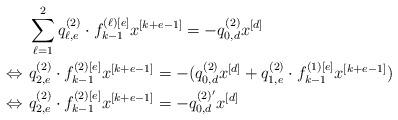
LaTeX: \begin{align*}&\sum_{\ell=1}^{2} q^{(2)}_{\ell,e}\cdot f^{(\ell)[e]}_{k-1}x^{[k+e-1]}=-q^{(2)}_{0,d}x^{[d]} \\\Leftrightarrow \ &q^{(2)}_{2,e}\cdot f^{(2)[e]}_{k-1}x^{[k+e-1]} = -(q^{(2)}_{0,d}x^{[d]} + q^{(2)}_{1,e}\cdot f^{(1)[e]}_{k-1}x^{[k+e-1]}) \\\Leftrightarrow \ &q^{(2)}_{2,e}\cdot f^{(2)[e]}_{k-1}x^{[k+e-1]} = -q^{(2)'}_{0,d}x^{[d]} \end{align*}